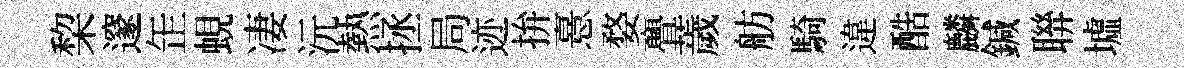
棃邃𦈢蜆凄沅熱拯局迹拚憙婺亹薉舫騎違酷麟鍼聨墟